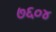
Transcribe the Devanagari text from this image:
७६०४